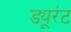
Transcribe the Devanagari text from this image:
ड्यूरंट